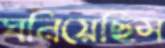
ঘনিয়েছিস